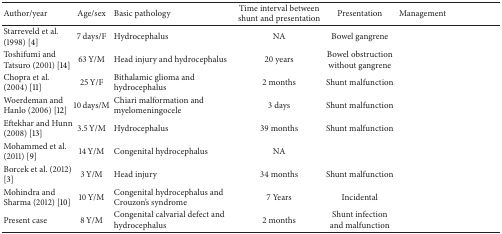
<table><thead><tr><td><b>Author/year</b></td><td><b>Age/sex</b></td><td><b>Basic pathology</b></td><td><b>Time interval between shunt and presentation</b></td><td><b>Presentation</b></td><td><b>Management</b></td></tr></thead><tbody><tr><td>Starreveld et al. (1998) [4]</td><td>7 days/F</td><td>Hydrocephalus</td><td>NA</td><td>Bowel gangrene</td><td>[EMPTY_CELL]</td></tr><tr><td>Toshifumi and Tatsuro (2001) [14] </td><td>63 Y/M</td><td>Head injury and hydrocephalus</td><td>20 years</td><td>Bowel obstruction without gangrene</td><td>[EMPTY_CELL]</td></tr><tr><td>Chopra et al. (2004) [11] </td><td>25 Y/F</td><td>Bithalamic glioma and hydrocephalus</td><td>2 months</td><td>Shunt malfunction</td><td>[EMPTY_CELL]</td></tr><tr><td>Woerdeman and Hanlo (2006) [12] </td><td>10 days/M</td><td>Chiari malformation and myelomeningocele</td><td>3 days</td><td>Shunt malfunction</td><td>[EMPTY_CELL]</td></tr><tr><td>Eftekhar and Hunn (2008) [13] </td><td>3.5 Y/M</td><td>Hydrocephalus</td><td>39 months</td><td>Shunt malfunction</td><td>[EMPTY_CELL]</td></tr><tr><td>Mohammed et al. (2011) [9] </td><td>14 Y/M</td><td>Congenital hydrocephalus</td><td>NA</td><td>[EMPTY_CELL]</td><td>[EMPTY_CELL]</td></tr><tr><td>Borcek et al. (2012) [3] </td><td>3 Y/M</td><td>Head injury</td><td>34 months</td><td>Shunt malfunction</td><td>[EMPTY_CELL]</td></tr><tr><td>Mohindra and Sharma (2012) [10] </td><td>10 Y/M</td><td>Congenital hydrocephalus and Crouzon's syndrome </td><td>7 Years</td><td>Incidental</td><td>[EMPTY_CELL]</td></tr><tr><td>Present case</td><td>8 Y/M</td><td>Congenital calvarial defect and hydrocephalus</td><td>2 months</td><td>Shunt infection and malfunction</td><td>[EMPTY_CELL]</td></tr></tbody></table>